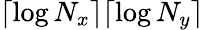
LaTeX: \lceil\log N_{x}\rceil\lceil\log N_{y}\rceil